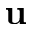
\textbf { u }